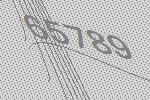
65789